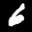
Label: 6